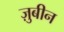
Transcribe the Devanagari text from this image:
ज़ुबीन